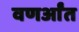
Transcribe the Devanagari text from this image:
वणर्आंत